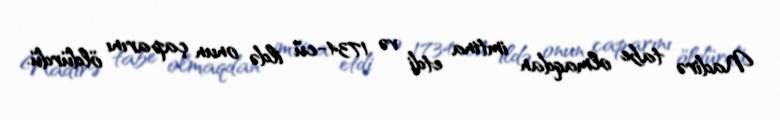
Nadirə tabe olmaqdan imtina etdi və 1734-cü ildə onun çaparını öldürdü.